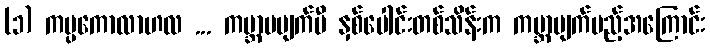
(၁) ကပ္ပကောလာဟလ ... ကမ္ဘာမပျက်မီ နှစ်ပေါင်းတစ်သိန်းက ကမ္ဘာပျက်မည့်အကြောင်း